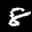
Label: 8